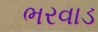
ભરવાડ